Madras plague regulations in force outside the Presidency town - Volume 3
Disease focus: Plague
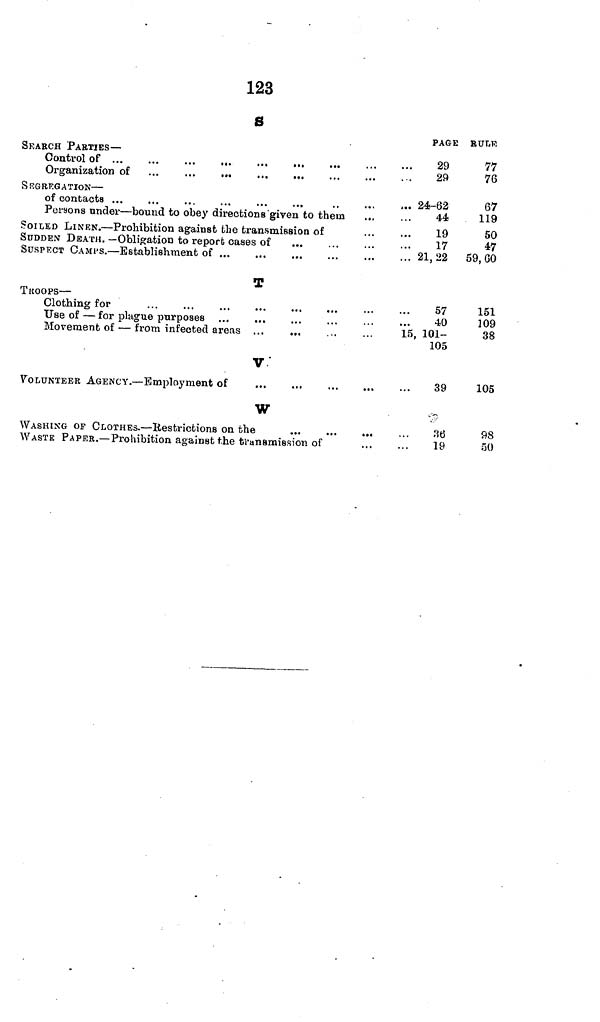
123
g
SEARCH PARTIES —
Control of ...
...
...
.,.
...
...
Organization of ...
...
...
...
...
SEGREGATION —
Persons under — bound to obey directions 'given to them
SOILED LINEN. — Prohibition against the transmission of
SUDDEN DEATH. —Obligation to report cases of
...
SUSPECT CAMPS. — Establishment of
T
TROOPS —
Clothing for
Use of — for plague purposes
Movement of — from infected areas ...
...
V
VOLUNTEER AGENCY. — Employment of
W
WASHING OF CLOTHES. — Restrictions on the
...
...
...
WASTE PAPER.— Prohibition against the transmission of
PAGE
29
29
,., 24-62
44
19
17
21,22
57
40
15, 101-
105
39
36
19
EULE
77
76
67
119
50
47
59,60
151
109
38
105
98
50